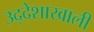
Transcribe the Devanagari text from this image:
उद्देशाखाली